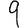
Digit: 9